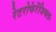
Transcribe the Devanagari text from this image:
रेटरोफेरेंजियल